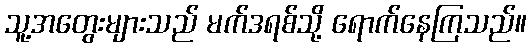
သူ့အတွေးများသည် မက်ဒရစ်သို့ ရောက်နေကြသည်။